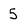
Character: 5